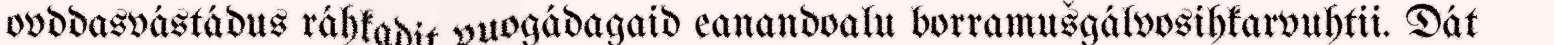
ovddasvástádus ráhkadit vuogádagaid eanandoalu borramušgálvosihkarvuhtii. Dát